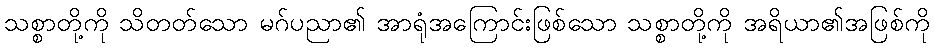
သစ္စာတို့ကို သိတတ်သော မဂ်ပညာ၏ အာရုံအကြောင်းဖြစ်သော သစ္စာတို့ကို အရိယာ၏အဖြစ်ကို